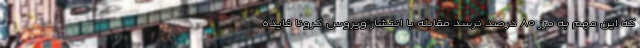
که این مهم به مرز ۸۰ درصد نرسد مقابله با انتشار ویروس کرونا فایده